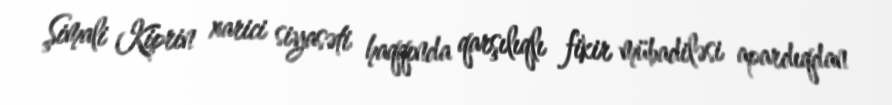
Şimali Kiprin xarici siyasəti haqqında qarşılıqlı fikir mübadiləsi apardıqdan